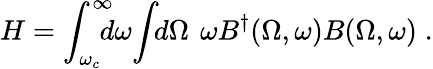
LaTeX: H=\int_{\omega_{c}}^{\infty}\! \! \! \! d\omega\! \int\! \! d\Omega\: \, \omega B^{\dagger}(\Omega,\omega)B(\Omega,\omega)\; .